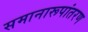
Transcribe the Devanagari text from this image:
समानारूपांतरण